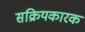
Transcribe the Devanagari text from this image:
सक्रियकारक